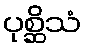
ပုစ္ဆိသံ